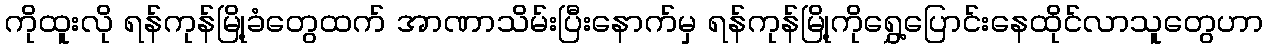
ကိုထူးလို ရန်ကုန်မြို့ခံတွေထက် အာဏာသိမ်းပြီးနောက်မှ ရန်ကုန်မြို့ကိုရွှေ့ပြောင်းနေထိုင်လာသူတွေဟာ